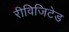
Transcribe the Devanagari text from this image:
रीविजिटेड